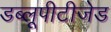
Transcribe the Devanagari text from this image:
डब्लूपीटीजेड